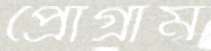
প্রোগ্রাম